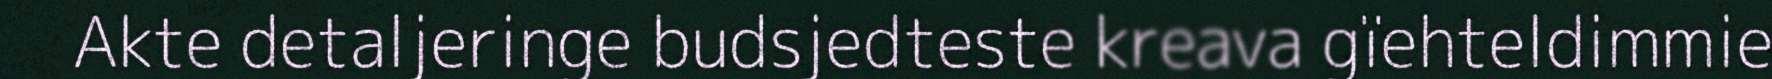
Akte detaljeringe budsjedteste kreava gïehteldimmie